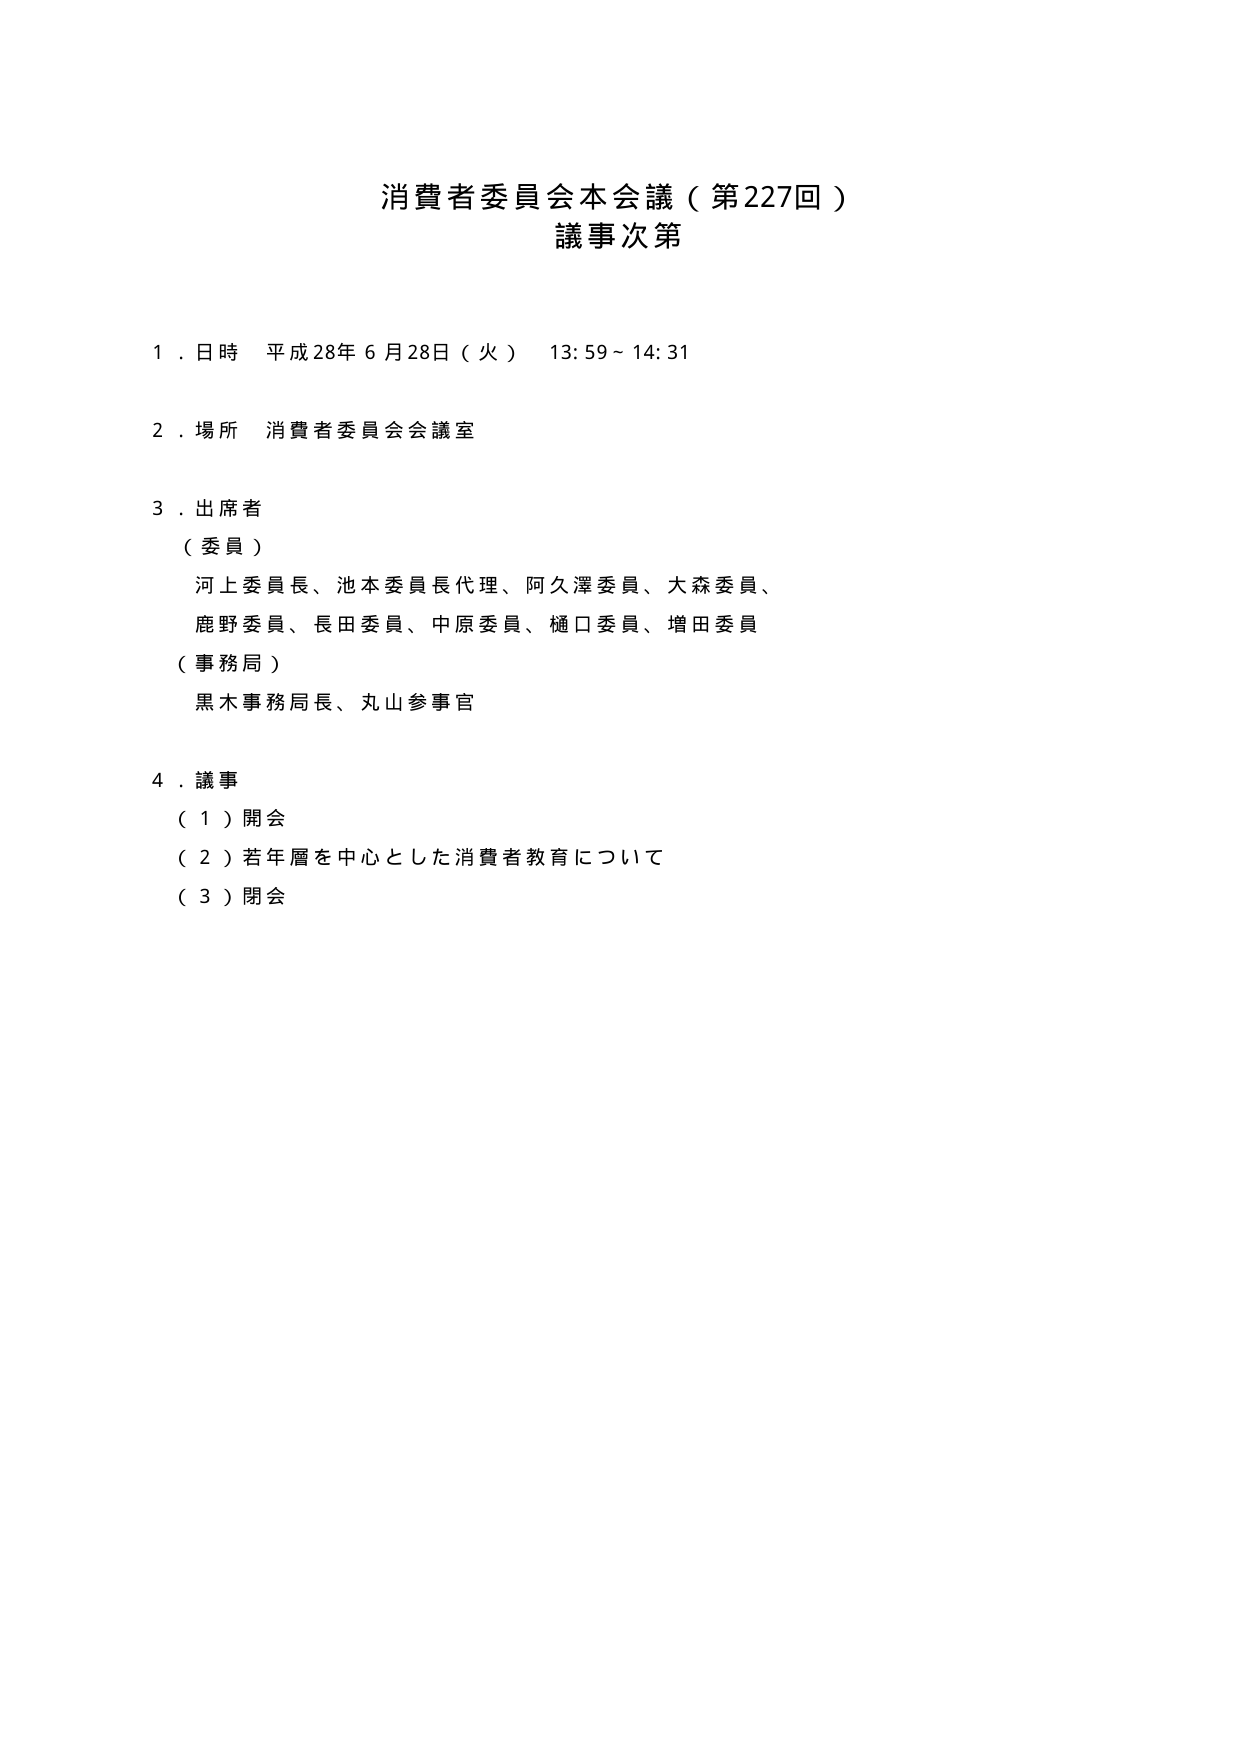
消費者委員会本会議（第227回）
議事次第

１．日時 平成28年6月28日（火） 13:59～14:31

２．場所 消費者委員会会議室

３．出席者
（委員）
河上委員長、池本委員長代理、阿久澤委員、大森委員、
鹿野委員、長田委員、中原委員、樋口委員、増田委員
（事務局）
黒木事務局長、丸山参事官

４．議事
（１）開会
（２）若年層を中心とした消費者教育について
（３）閉会